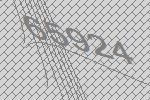
65924